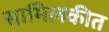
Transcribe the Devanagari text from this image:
सामिलकीत